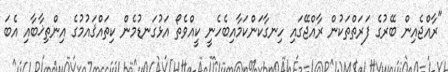
"ރާއްޖެއިން ބޭރުގެ ފަރަތްތަކުން ރާއްޖޭގައި ހިނގާކަންކަމާއިބެހެނީ ކީއްވެތޯ އަޅުގަނޑުމެން ކިތައްޤައުމުގެ އިންތިޚާބާއި އެބަ